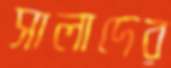
সালাদের